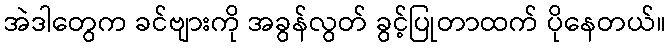
အဲဒါတွေက ခင်ဗျားကို အခွန်လွတ် ခွင့်ပြုတာထက် ပိုနေတယ်။